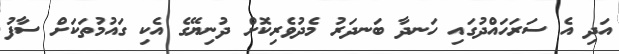
އަދި އެ ސަރަހައްދުގައި ހަނދާ ބަނދަރު މެދުވެރިކޮށް ދުނިޔޭގެ އެކި ގައުމުތަކަށް ސާފު